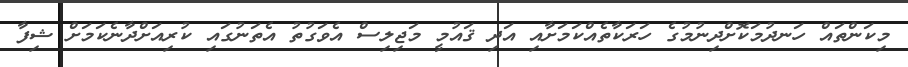
މިކަންތައް ހަނދުމަކޮށްދިނުމުގެ ހަރަކާތެއްކަމަށާއި އަދި ޤައުމީ މަޖިލިސް އެވަގުތު އެތަނުގައި ކުރިއަށްދާނެކަމަށް ޝިފާ